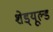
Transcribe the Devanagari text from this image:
शेड्‌यूल्ड